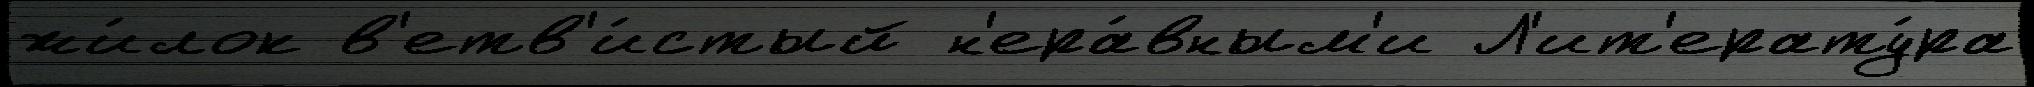
жи́лок в'етв'и́стый н'ера́вным'и Л'ит'ерату́ра